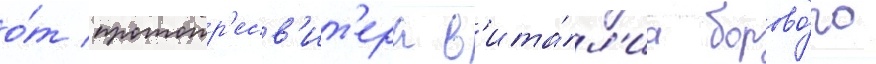
о́т протопр'есв'ит'ера в'ита́л'иа борово́го